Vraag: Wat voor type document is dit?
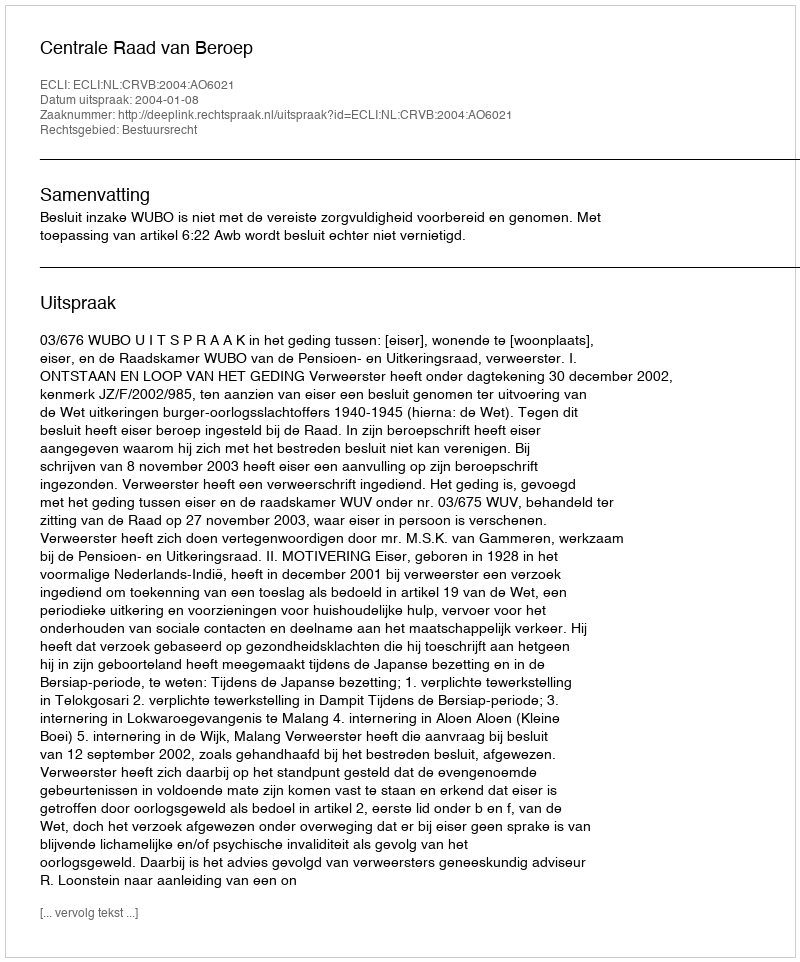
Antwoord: Uitspraak